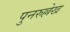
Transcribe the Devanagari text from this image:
पुनरुल्लेख